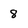
Character: 8